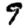
Digit: 9